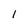
Character: 1